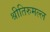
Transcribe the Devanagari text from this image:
श्रीतिरुमल्ल